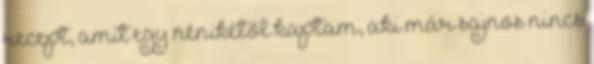
recept, amit egy nénikétől kaptam, aki már sajnos nincs